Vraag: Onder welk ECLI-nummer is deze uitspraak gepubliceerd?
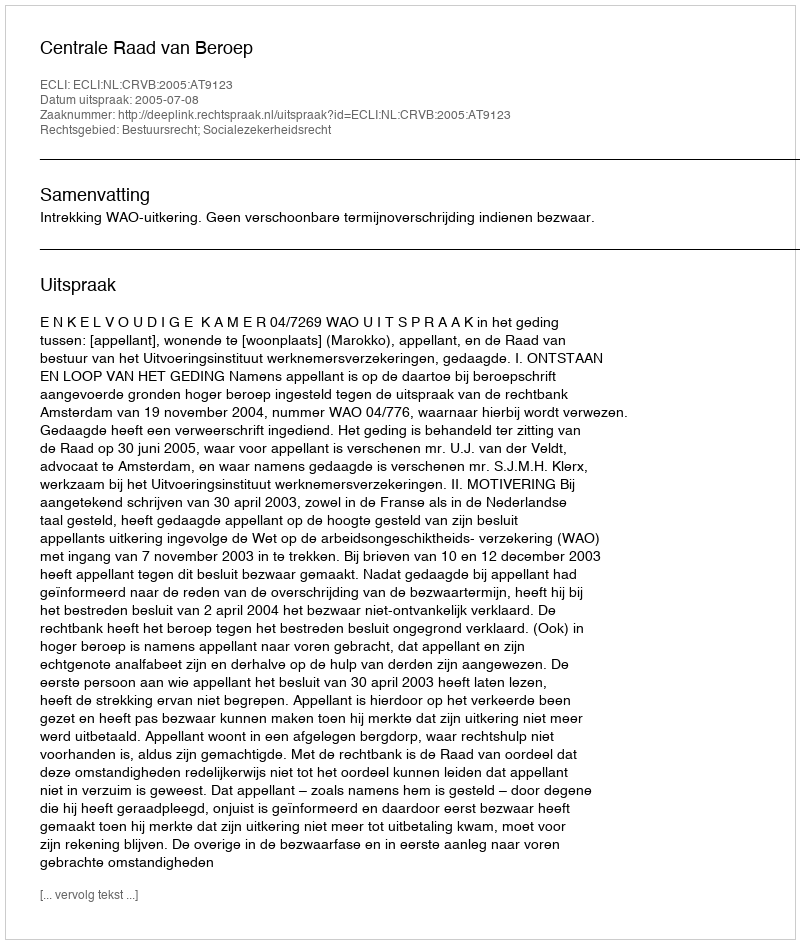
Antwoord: ECLI:NL:CRVB:2005:AT9123